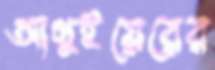
আগুইয়েরের